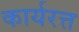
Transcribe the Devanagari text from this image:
कार्यरत्त